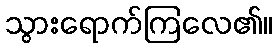
သွားရောက်ကြလေ၏။